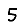
Digit: 5